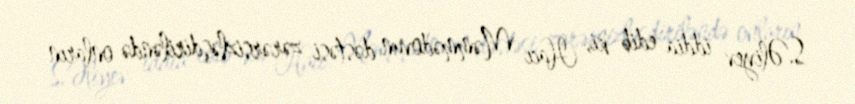
S.Əliyev iddia edib ki, Hacı Məmmədovun dəstəsi zərərsizləşdiriləndə onların